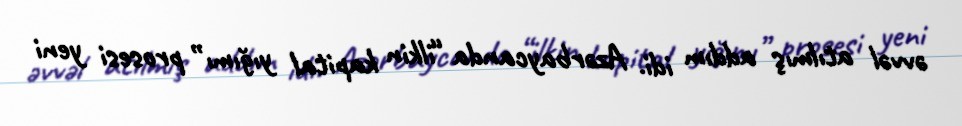
əvvəl atılmış addım idi. Azərbaycanda “ilkin kapital yığımı” prosesi yeni